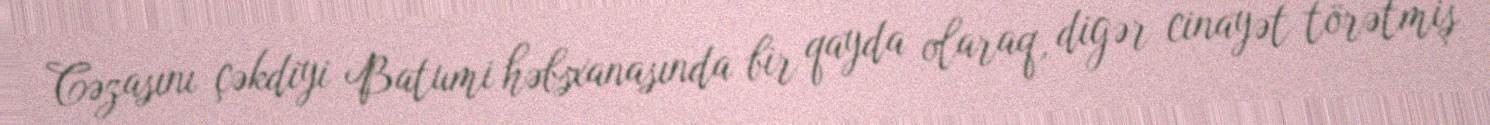
Cəzasını çəkdiyi Batumi həbsxanasında bir qayda olaraq, digər cinayət törətmiş